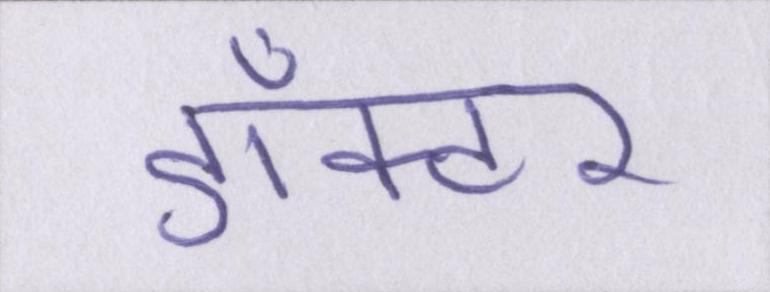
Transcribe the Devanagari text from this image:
डाँक्टर